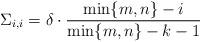
LaTeX: \begin{align*}\Sigma_{i,i} = \delta \cdot \frac{\min\{m,n\}-i}{\min\{m,n\}-k-1}\end{align*}